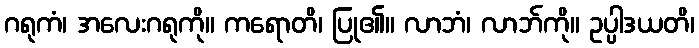
ဂရုကံ၊ အလေးဂရုကို။ ကရောတိ၊ ပြု၏။ လာဘံ၊ လာဘ်ကို။ ဥပ္ပါဒယတိ၊